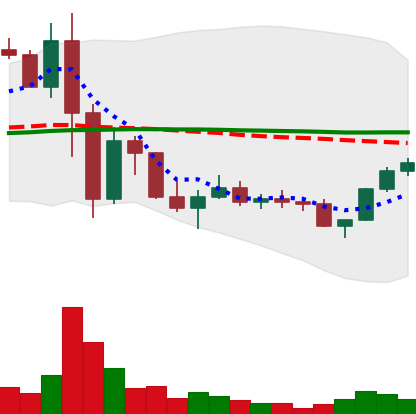
Ticker: LINK-USD
Chart end date: 2022-11-24
Forward return: 7.162%
Label: up_7plus